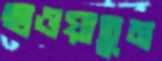
ছাওয়াতুম